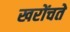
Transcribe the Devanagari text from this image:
खरोंचते